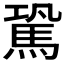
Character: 𩢽